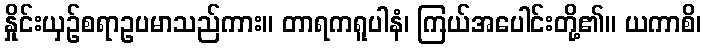
နှိုင်းယှဉ်စရာဥပမာသည်ကား။ တာရကရူပါနံ၊ ကြယ်အပေါင်းတို့၏။ ယကာစိ၊